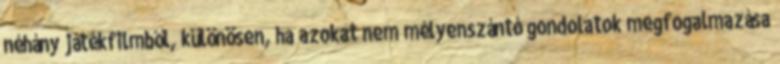
néhány játékfilmből, különösen, ha azokat nem mélyenszántó gondolatok megfogalmazása